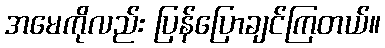
အမေကိုလည်း ပြန်ပြောချင်ကြတယ်။